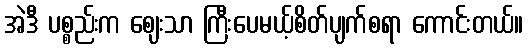
အဲဒီ ပစ္စည်းက ဈေးသာ ကြီးပေမယ့်စိတ်ပျက်စရာ ကောင်းတယ်။